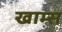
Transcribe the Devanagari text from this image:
खाम्स